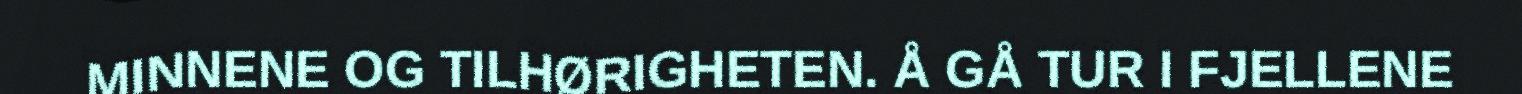
MINNENE OG TILHØRIGHETEN. Å GÅ TUR I FJELLENE